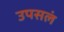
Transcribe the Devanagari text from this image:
उपसलं